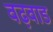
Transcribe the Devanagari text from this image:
वढ़वाड